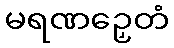
မရဏဉှေတံ